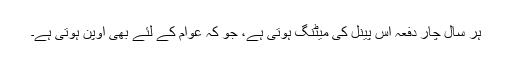
ہر سال چار دفعہ اس پینل کی میٹنگ ہوتی ہے، جو کہ عوام کے لئے بھی اوپن ہوتی ہے۔